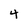
Character: 4